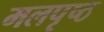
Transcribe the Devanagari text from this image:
मलपृष्ठ